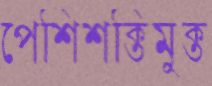
পেশিশক্তিমুক্ত